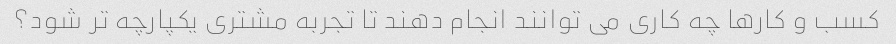
کسب و کارها چه کاری می توانند انجام دهند تا تجربه مشتری یکپارچه تر شود؟